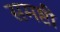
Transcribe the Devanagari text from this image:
समष्टी